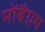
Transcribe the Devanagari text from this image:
मोंबैएम